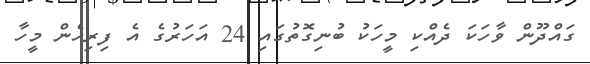
ގައްދޫން ވާހަކަ ދެއްކި މީހަކު ބުނިގޮތުގައި 24 އަހަރުގެ އެ ފިރިހެން މީހާ